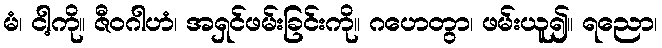
မံ၊ ငါ့ကို။ ဇီဝဂါဟံ၊ အရှင်ဖမ်းခြင်းကို။ ဂဟေတွာ၊ ဖမ်းယူ၍။ ရညော၊